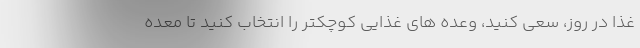
غذا در روز، سعی کنید، وعده های غذایی کوچکتر را انتخاب کنید تا معده